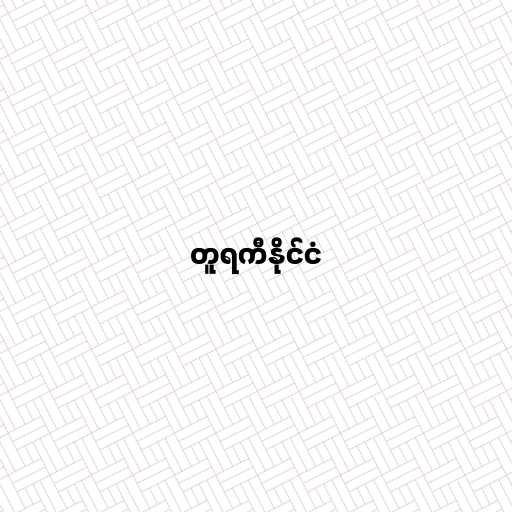
တူရကီနိုင်ငံ